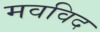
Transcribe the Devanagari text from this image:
मवविद